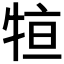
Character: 𤙫